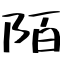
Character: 陌